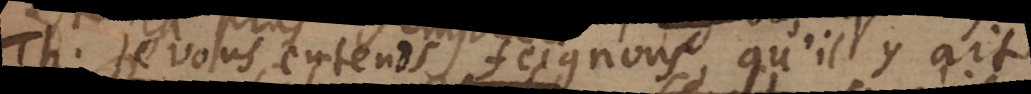
TH. Je vous entends feignons, qu’il y ait